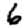
Digit: 6